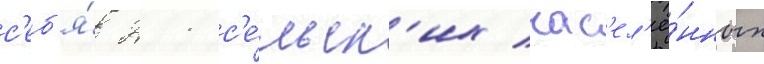
с'еб'я́ 211 с'е́льск'их нас'ел'ё́нных